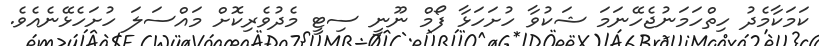
ކަމަކާމެދު ހިތްހަމަނުޖެހޭނަމަ ޝަކުވާ ހުށަހަޅާ ފޯމް ނޫނީ ސިޓީ މެދުވެރިކޮށް މައްސަލަ ހުށަހެޅޭނެއެވެ.